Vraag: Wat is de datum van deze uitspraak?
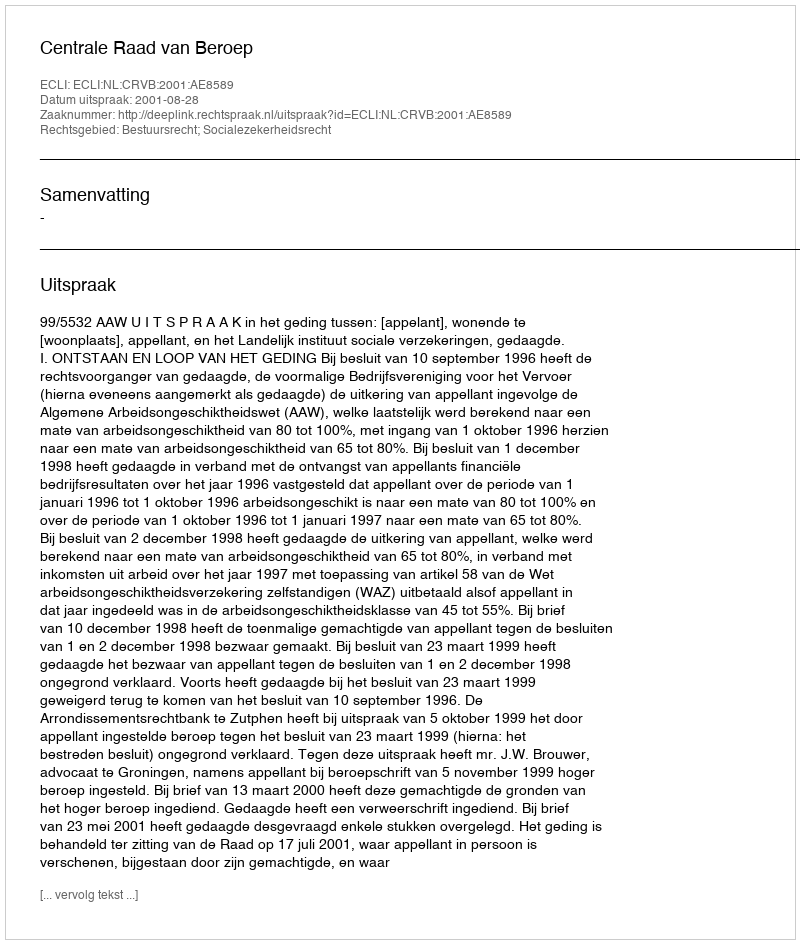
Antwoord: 2001-08-28